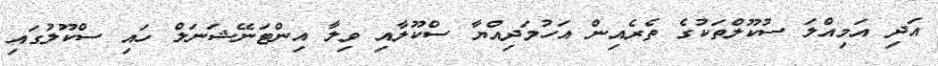
އަދި އަމިއްލަ ސުކޫލްތަކުގެ ތެރެއިން އަހުމަދިއްޔާ ސްކޫލާއި ވިލާ އިންޓަނޭޝަނަލް ހައި ސްކޫލުގައި